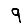
Digit: 9